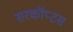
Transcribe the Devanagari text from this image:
सरकॉप्टस